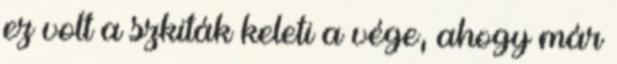
ez volt a szkiták keleti a vége, ahogy már